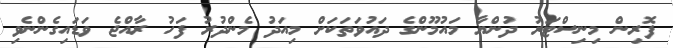
ފޮރިން މިނިސްޓަރު ދުންޔާ މައުމޫންގެ ދައުވަތަކަށް މިއަދު މެންދުރު ފަހު ރާއްޖެ ވަޑައިގެންނެވި